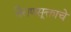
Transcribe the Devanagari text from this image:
वैराणसूक्ताचे